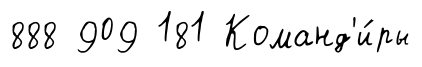
888 909 181 Команд'и́ры